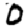
Digit: 0